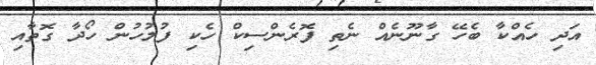
އަދި ހެއްކާ ބެހޭ ގާނޫނެއް ނެތި ފޮރެންސިކް ހެކި ފުލުހުން ހޯދާ ގޮތާއި